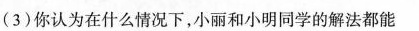
(3)你认为在什么情况下，小丽和小明同学的解法都能